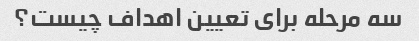
سه مرحله برای تعیین اهداف چیست؟